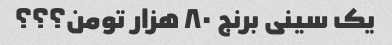
یک سینی برنج ۸۰ هزار تومن؟؟؟